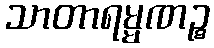
သာတာရမ္မဏဉ္စ